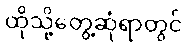
ထိုသို့တွေ့ဆုံရာတွင်